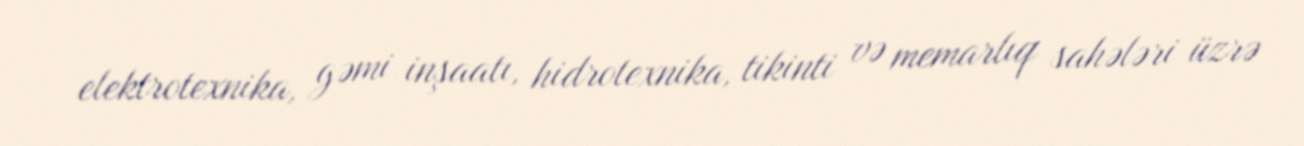
elektrotexnika, gəmi inşaatı, hidrotexnika, tikinti və memarlıq sahələri üzrə